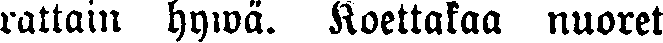
rattain hywä. Koettakaa nuoret